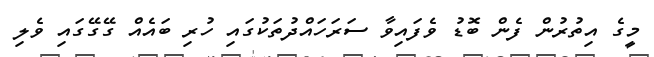
މީގެ އިތުރުން ފެން ބޮޑު ވެފައިވާ ސަރަހައްދުތަކުގައި ހުރި ބައެއް ގޭގޭގައި ވެލި